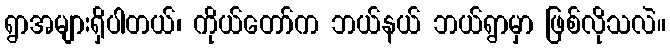
ရွာအများရှိပါတယ်၊ ကိုယ်တော်က ဘယ်နယ် ဘယ်ရွာမှာ ဖြစ်လိုသလဲ။